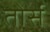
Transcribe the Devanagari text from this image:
तोर्स